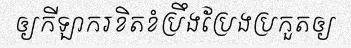
ឲ្យកីឡាករខិតខំប្រឹងប្រែងប្រកួតឲ្យ